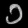
Digit: ၁